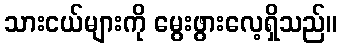
သားငယ်များကို မွေးဖွားလေ့ရှိသည်။